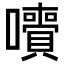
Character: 𡄙